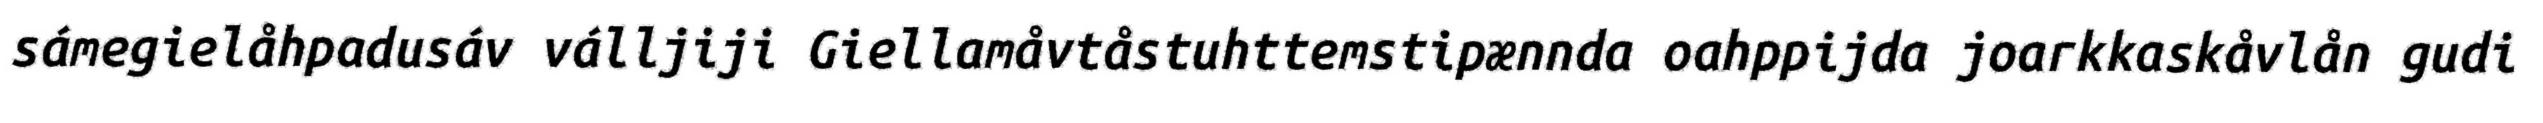
sámegielåhpadusáv válljiji Giellamåvtåstuhttemstipænnda oahppijda joarkkaskåvlån gudi